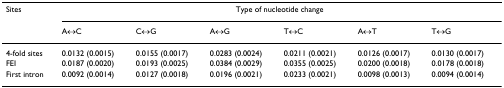
<table><thead><tr><td><b>Sites</b></td><td colspan="6"><b>Type of nucleotide change</b></td></tr><tr><td></td><td><b>A↔C</b></td><td><b>C↔G</b></td><td><b>A↔G</b></td><td><b>T↔C</b></td><td><b>A↔T</b></td><td><b>T↔G</b></td></tr></thead><tbody><tr><td>4-fold sites</td><td>0.0132 (0.0015)</td><td>0.0155 (0.0017)</td><td>0.0283 (0.0024)</td><td>0.0211 (0.0021)</td><td>0.0126 (0.0017)</td><td>0.0130 (0.0017)</td></tr><tr><td>FEI</td><td>0.0187 (0.0020)</td><td>0.0193 (0.0025)</td><td>0.0384 (0.0029)</td><td>0.0355 (0.0025)</td><td>0.0200 (0.0018)</td><td>0.0178 (0.0018)</td></tr><tr><td>First intron</td><td>0.0092 (0.0014)</td><td>0.0127 (0.0018)</td><td>0.0196 (0.0021)</td><td>0.0233 (0.0021)</td><td>0.0098 (0.0013)</td><td>0.0094 (0.0014)</td></tr></tbody></table>